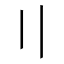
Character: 〢